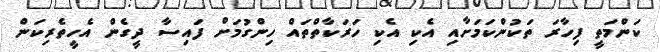
ކަންމަތީ ފިހާރަ ތަކުންކަމަށާއި އެކި އެކި ހަރަކާތްތައް ހިންގުމަށް ފައިސާ ދީގެން އެހީތެރިކަން